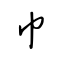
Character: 巾